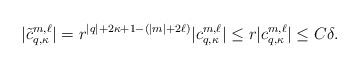
\begin{align*}|\tilde c^{m,\ell}_{q,\kappa}| = r^{|q|+ 2 \kappa + 1 - (|m| + 2\ell)} |c^{m,\ell}_{q, \kappa}| \le r |c^{m,\ell}_{q, \kappa}| \leq C \delta.\end{align*}